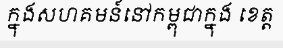
ក្នុងសហគមន៍នៅកម្ពុជាក្នុង ខេត្ត